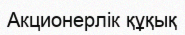
Акционерлік құқық